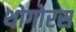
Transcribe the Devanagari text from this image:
थोगोरस